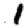
Digit: 1